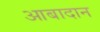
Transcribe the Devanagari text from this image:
आबादान